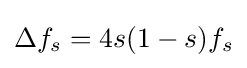
\displaystyle \Delta f_{s}=4s(1-s)f_{s}